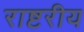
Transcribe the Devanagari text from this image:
राष्टरीय